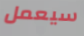
سيعمل